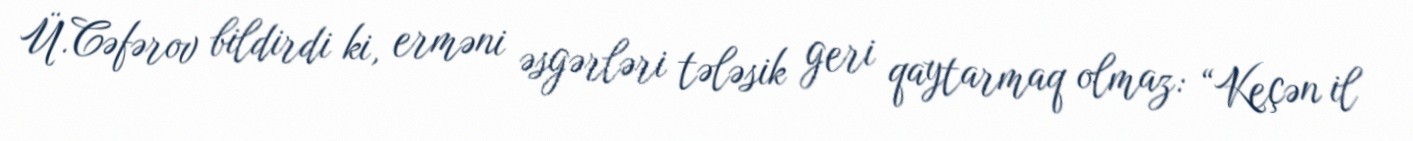
Ü.Cəfərov bildirdi ki, erməni əsgərləri tələsik geri qaytarmaq olmaz: “Keçən il